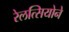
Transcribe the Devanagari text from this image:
रेलत्सियोने